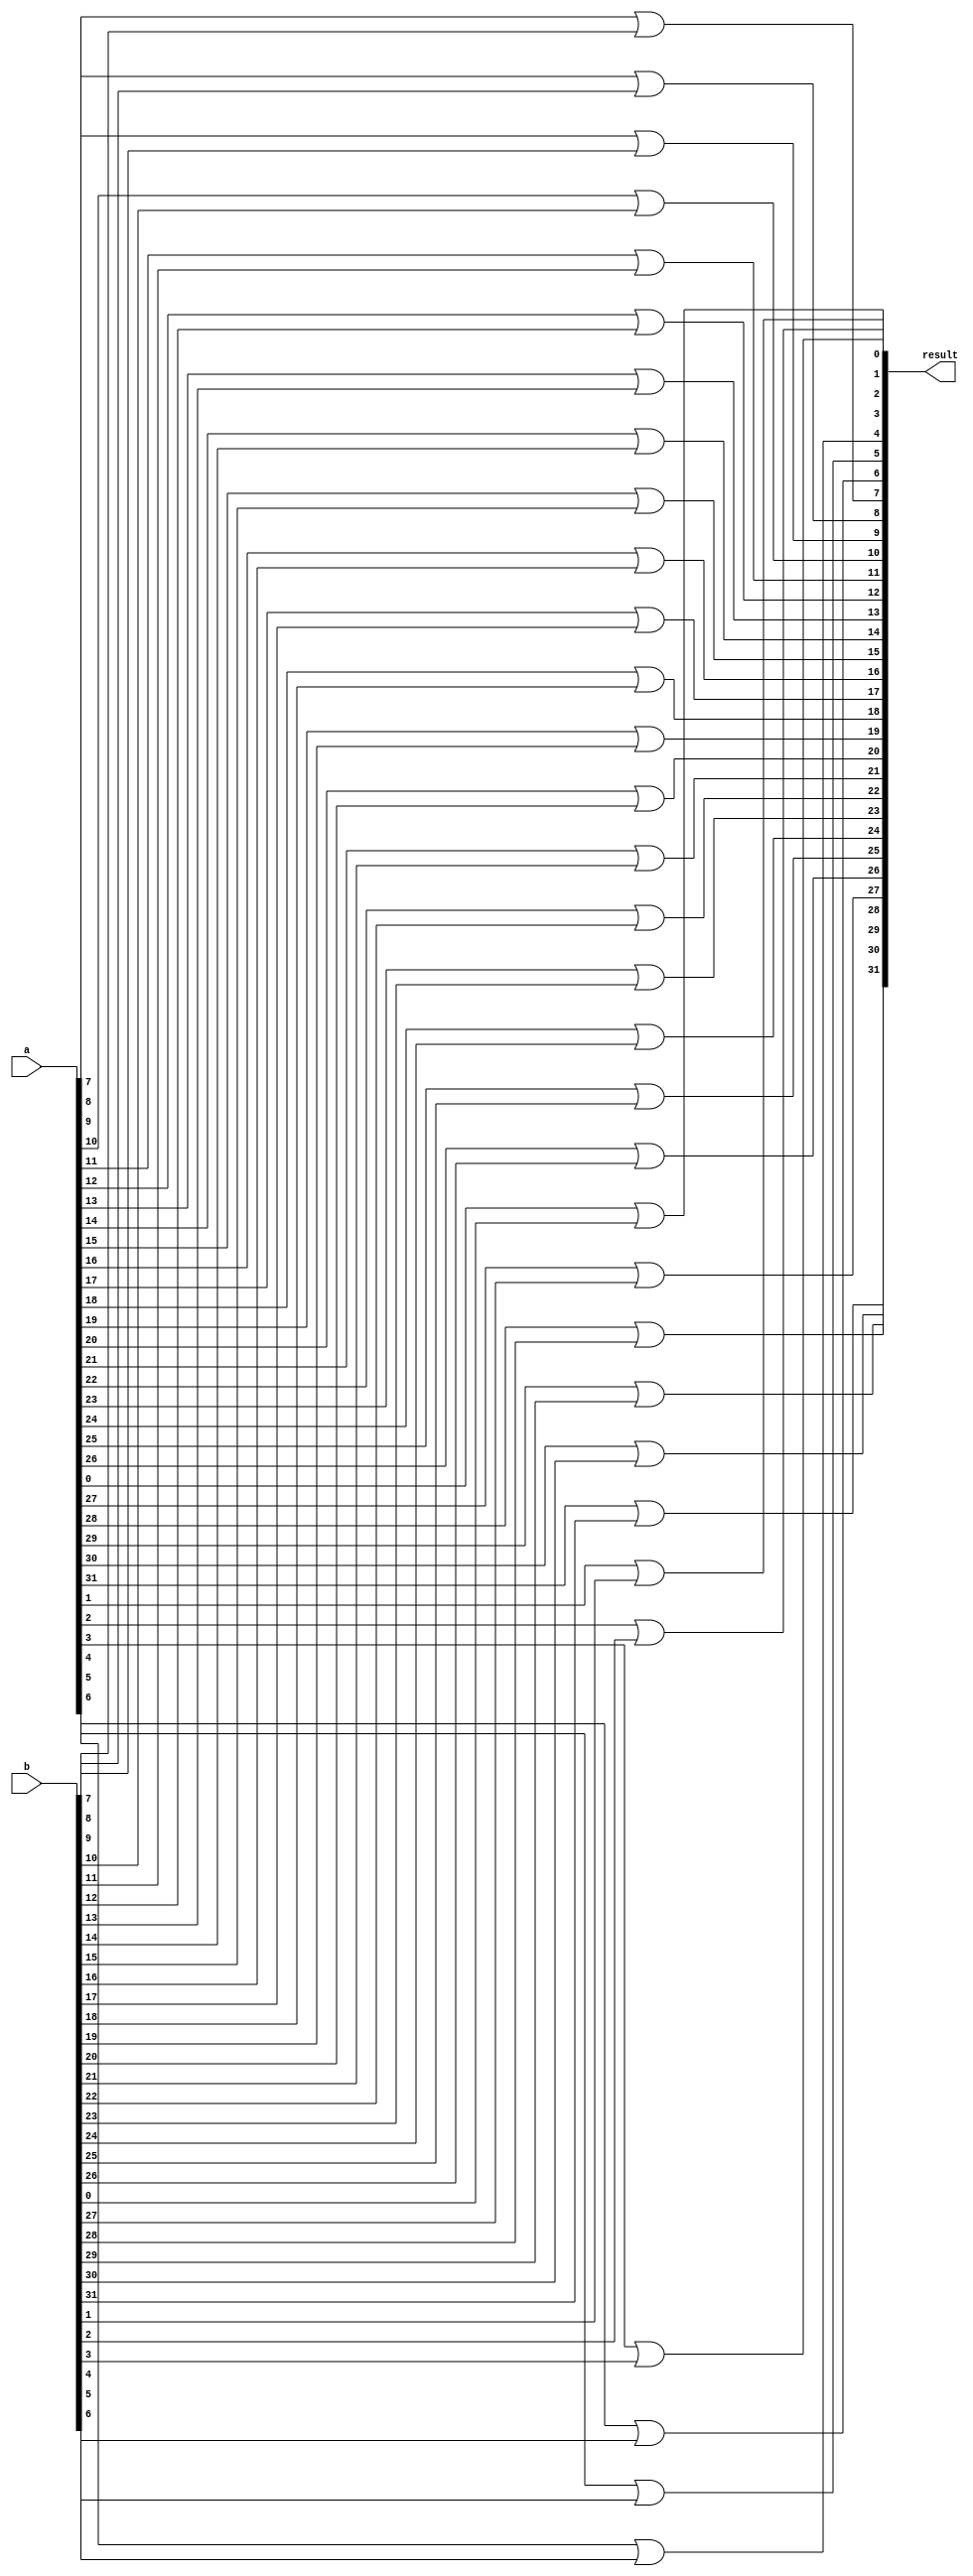
module OR_32 (input [31:0] a, b, output [31:0] result);

reg [31:0] temp;
integer i;
always @(*) begin
	for (i = 0; i < 32; i = i + 1) begin
		temp[i] = a[i] | b[i];
	end
end
assign result = temp;
endmodule